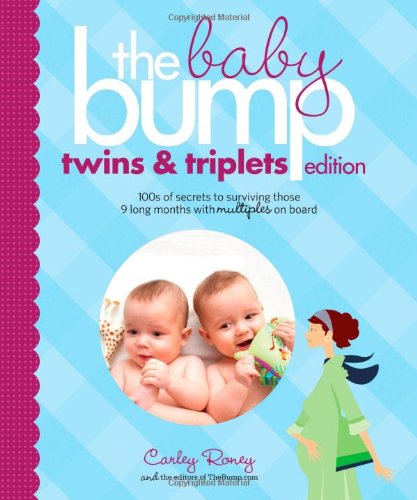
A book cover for The Baby Bump: Twins and Triplets Edition: 100s of Secrets for Those 9 Long Months with Multiples on Board; Carley Roney; Parenting & Relationships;